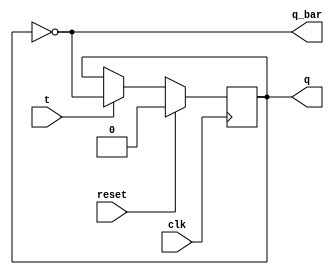
`timescale 1ns / 1ps
//////////////////////////////////////////////////////////////////////////////////
// Company: 
// Engineer: 
// 
// Design Name: 
// Module Name: T_FlipFlop
// Project Name: 
// Target Devices: 
// Tool Versions: 
// Description: 
// 
// Dependencies: 
// 
// Revision:
// Revision 0.01 - File Created
// Additional Comments:
// 
//////////////////////////////////////////////////////////////////////////////////


module T_FlipFlop(

    output reg q,
    output q_bar,
    input t, clk,reset
);

    always @ (posedge clk)
        if (reset==1) begin
            q <= 0;
        end
        else if(t==0) begin   // Memory state
            q <=q;
        end
        else begin
            q <= ~q;
        end
    
    assign q_bar = ~q;
endmodule